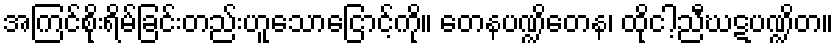
အကြင်စိုးရိမ်ခြင်းတည်းဟူသောငြောင့်ကို။ တေနပဏ္ဍိတေန၊ ထိုငါ့ညီဃဋပဏ္ဍိတ။